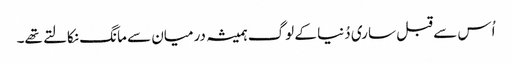
اُس سے قبل ساری دُنیا کے لوگ ہمیشہ درمیان سے مانگ نکالتے تھے۔